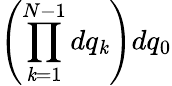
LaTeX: \left(\prod_{\mathit{k}=1}^{N-1}dq_{\mathit{k}}\right)dq_{0}